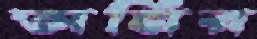
অনির